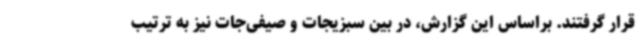
قرار گرفتند. براساس این گزارش، در بین سبزیجات و صیفی‌جات نیز به ترتیب